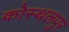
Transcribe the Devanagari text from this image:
कोस्थलपुर